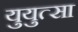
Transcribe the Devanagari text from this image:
युयुत्सा